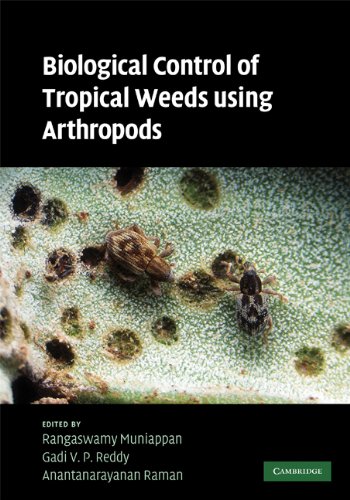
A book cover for Biological Control of Tropical Weeds Using Arthropods; Science & Math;